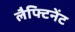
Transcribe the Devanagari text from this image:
लैफ्टिनेंट